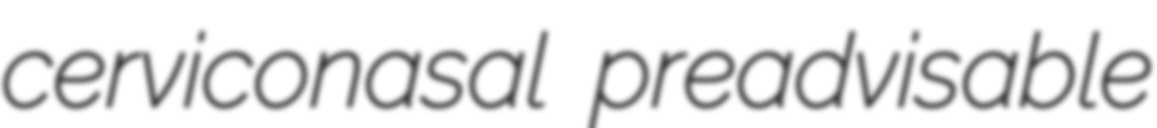
cerviconasal preadvisable